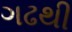
ગઢથી